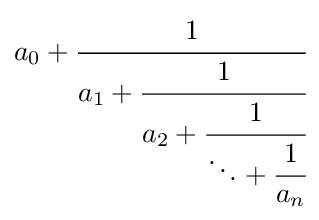
a_{0}+{\cfrac {1}{a_{1}+{\cfrac {1}{a_{2}+{\cfrac {1}{\ddots +{\cfrac {1}{a_{n}}}}}}}}}